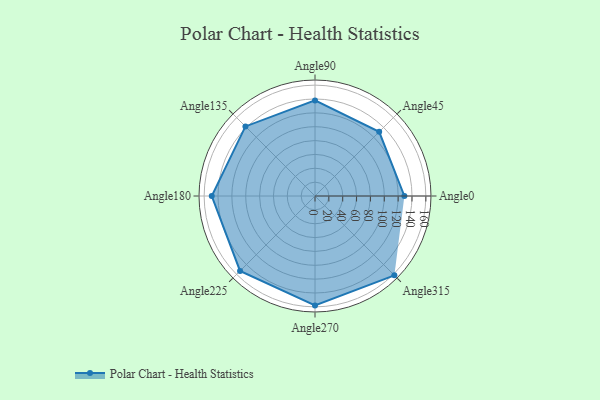
{"axis": {"x": "Angle", "y": "Radius"}, "legend": [""], "data": [{"x": "Angle0", "y": 129.0, "type": ""}, {"x": "Angle45", "y": 131.0, "type": ""}, {"x": "Angle90", "y": 138.0, "type": ""}, {"x": "Angle135", "y": 142.0, "type": ""}, {"x": "Angle180", "y": 149.0, "type": ""}, {"x": "Angle225", "y": 153.0, "type": ""}, {"x": "Angle270", "y": 158.0, "type": ""}, {"x": "Angle315", "y": 162.0, "type": ""}]}